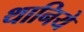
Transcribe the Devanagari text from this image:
थानिये